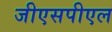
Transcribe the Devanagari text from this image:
जीएसपीएल